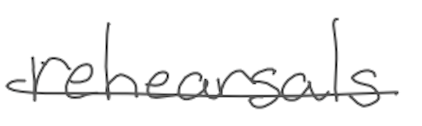
Text: rehearsals
Cross-out: single-line
Writing tool: digital_gray